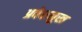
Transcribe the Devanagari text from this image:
प्रवेशमुख